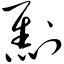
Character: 劁